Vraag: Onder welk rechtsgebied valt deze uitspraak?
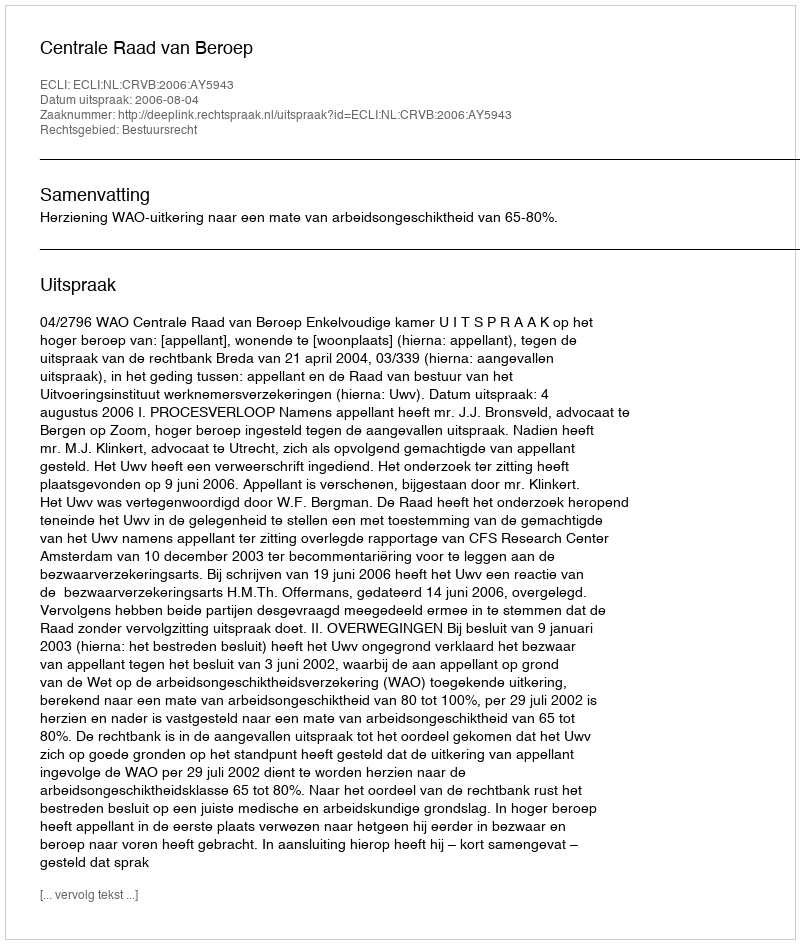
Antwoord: Bestuursrecht